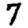
Digit: 7